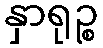
နှာရုဉ္စ